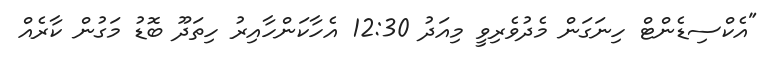
"އެކްސިޑެންޓް ހިނަގަން މެދުވެރިވީ މިއަދު 12:30 އެހާކަންހާއިރު ހިތަދޫ ބޮޑު މަގުން ކާރެއް